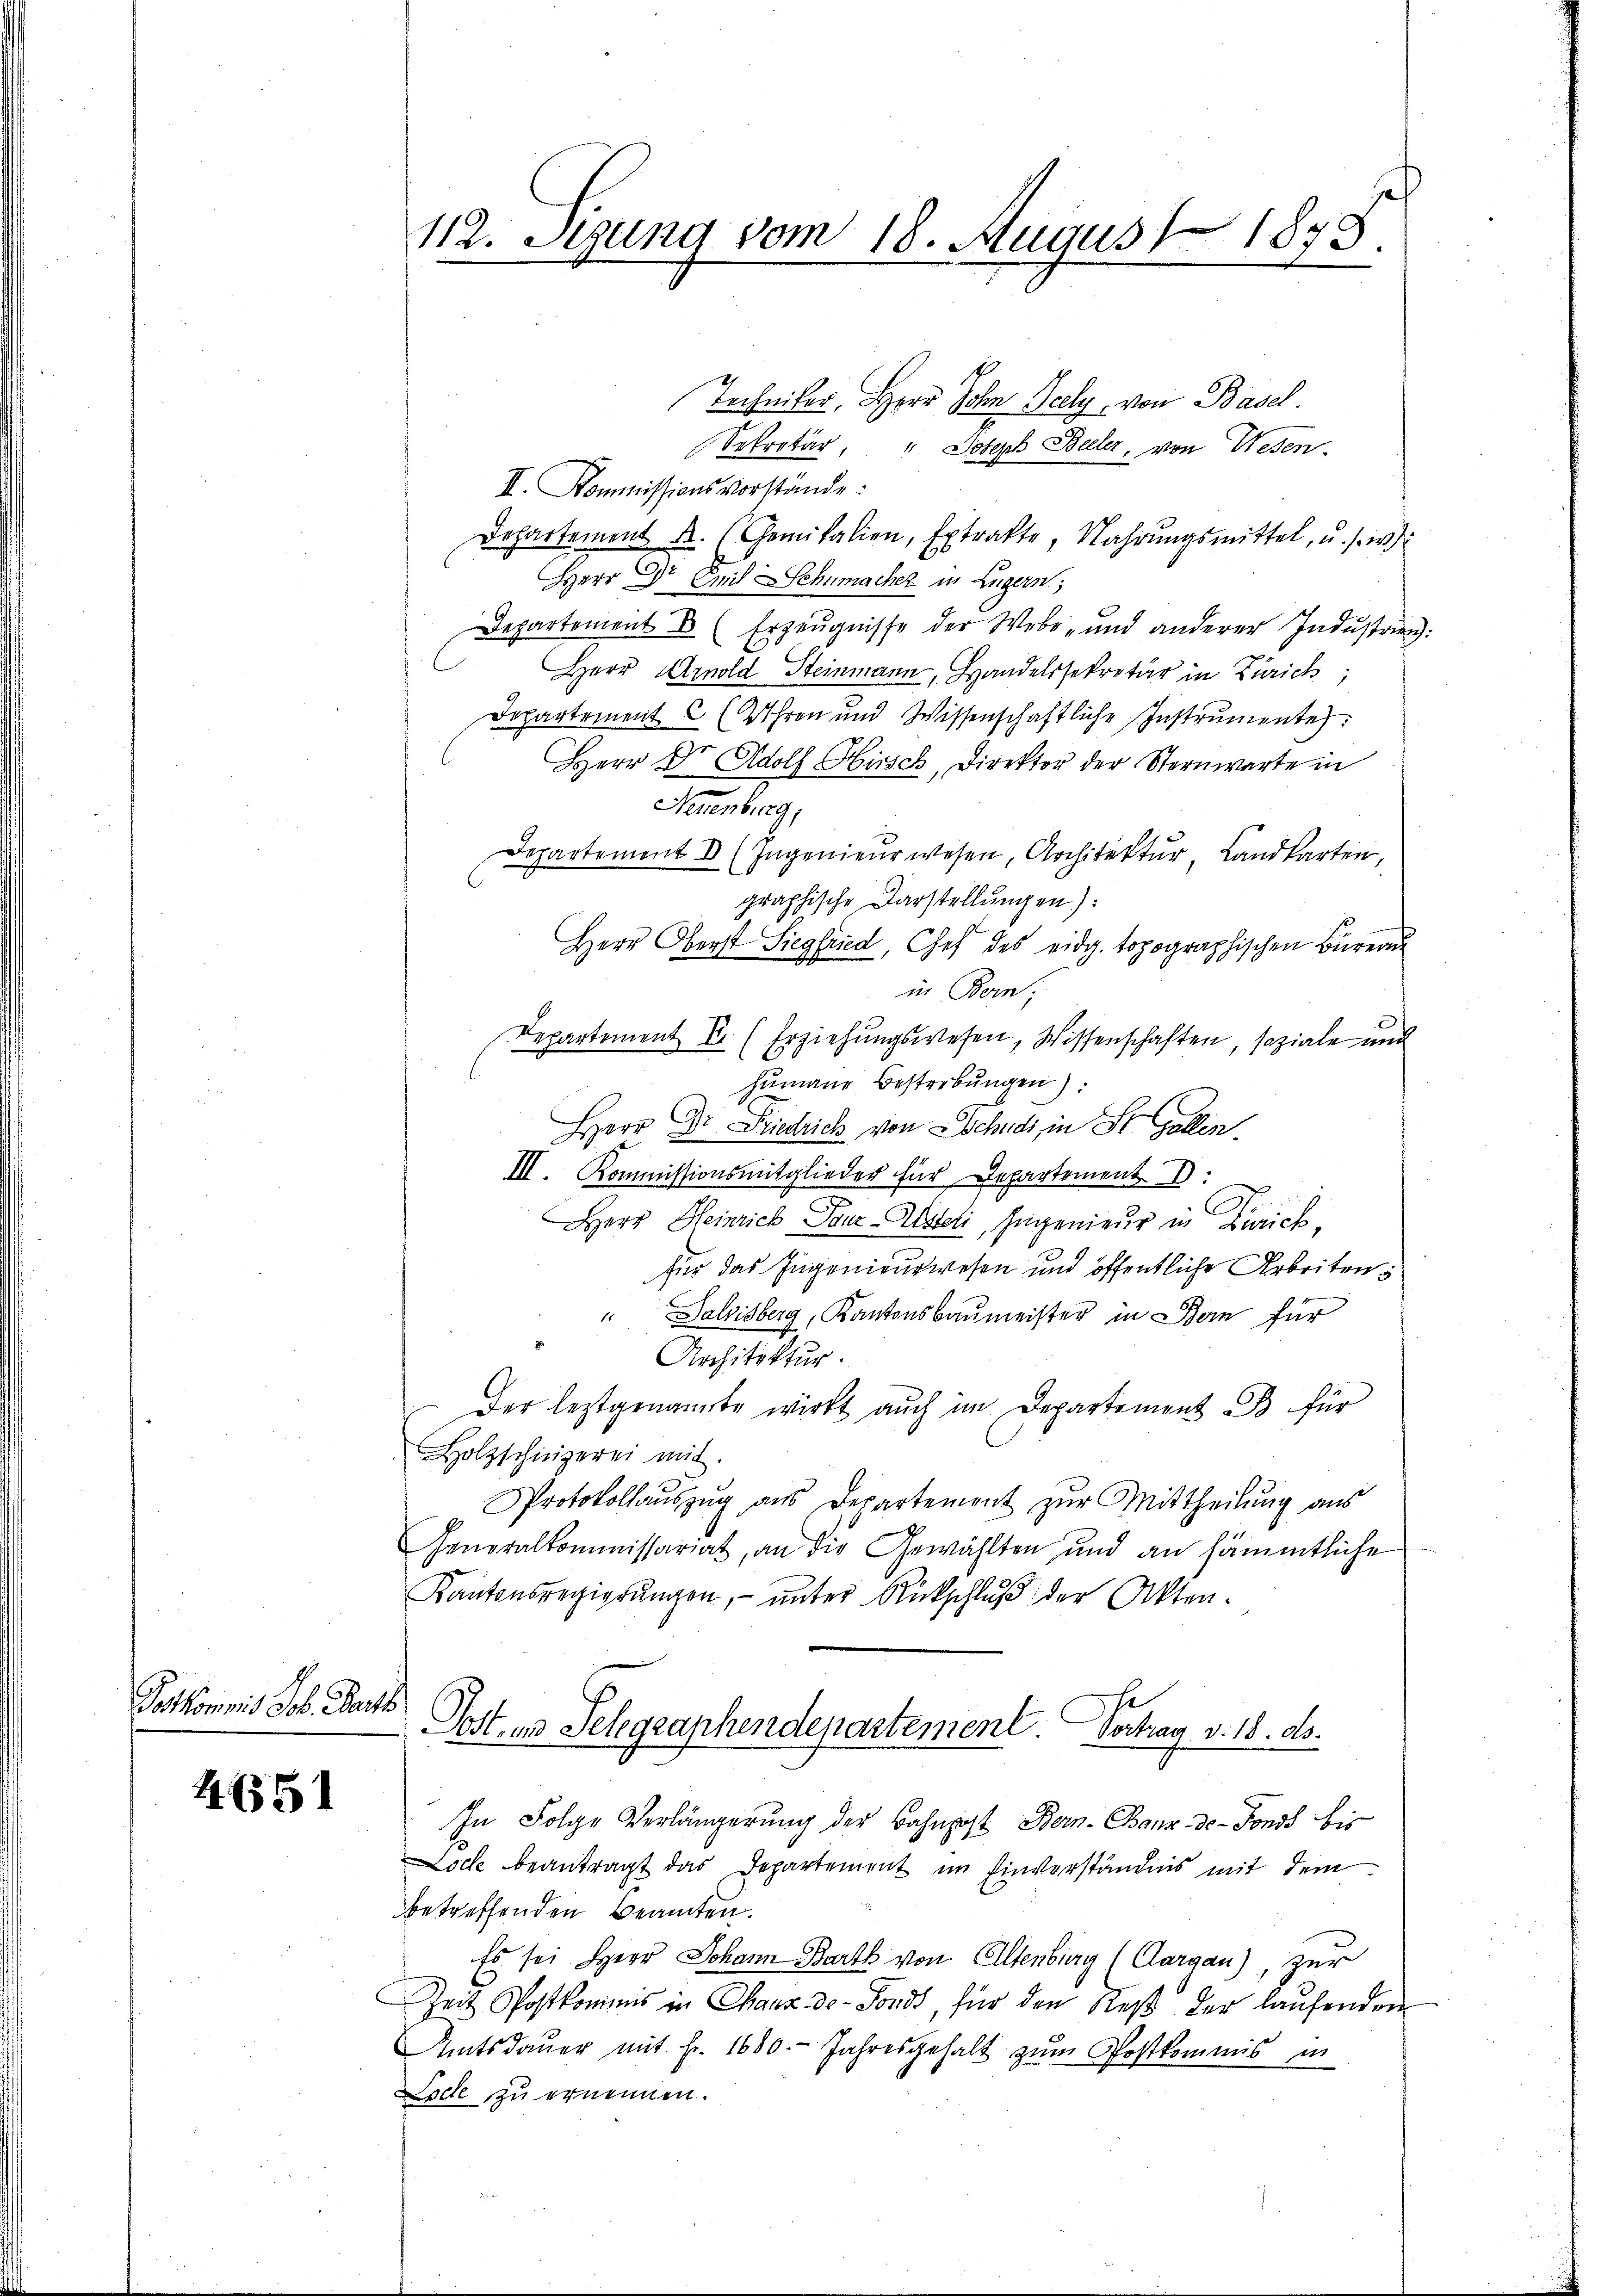
Potkommis Job. Berts

4651

112. Sezung vom 18. August 1848

Techniker, Herr John Seely, von Basel.
Sekretär, " Joseph Bieler, von Wesen.
II. Kommissionsvorstände:
Departement A. Gemitalien, Extrakte, Nahrŭngsmittel, u. s. wir
Herr Dr Emil Schumacher in Luzern;
Departement E (Erzeugnisse der Webe- und anderer Industrien:
Herr Arnold Steinmann, Handelssekretär in Zürich,
Departement C (Uhren und Wissenschaftliche Instrumente:
Herr Dr. Adolf Hirsch, Direktor der Sternwarte in
Neuenburg,
Departemont I (Ingenieŭr wesen, Architektŭr, Landkarten,
graphische Darstellungen):
Herr Oberst Siegfried, Chef des eidg. topographischen Büreau
in Bern.
Departement E. (Erziehŭngswesen, Wissenschaften, soziale und
humane Bestrebungen):
Herr Dr Friedrich von Eschends in St. Gallen
III. Kommissionsmitglieder für Departement
Herr Heinrich Pauz-Usteri, Ingenieur in Zürich,
für das Ingenieurwesen und öffentliche Arbeitens
" Dalbisberg, Kantonsbaumeister in Bern für
Architektur.
Der leztgenannte wirkt auch im Departement B für
Holzschingerei mit.
Protokollauszug aus Departement zur Mittheilung aus
Generalkommissariat, an die Gewählten und an sämmtliche
Kantonsregierŭngen, ŭnter Rückschlŭβ der Akten.
Post in Telegraphendepartement Vortrag v. 18. ds.
In Folge Verlängerung der Bahnpost Bern-Chaux-de-Fonds bis
Loche beantragt das Departement im Einverständnis mit dem
betreffenden Beamten.
Es sei Herr Johann Barth von Altenburg (Aargau), zur
Zeit Postkommis in Chaux-de-Fonds, für den Res. der laufenden
Amtsdaŭer mit fr. 1680. Jahresgehalt zŭm Postkommis in
Loche zu ernennen.